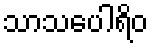
သာသပေါရိဝ